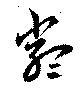
類